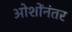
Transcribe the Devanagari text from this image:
ओशोंनंतर